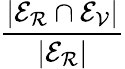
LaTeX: \frac{|\mathcal{E_{R}}\cap\mathcal{E_{V}}|}{|\mathcal{E_{R}}|}